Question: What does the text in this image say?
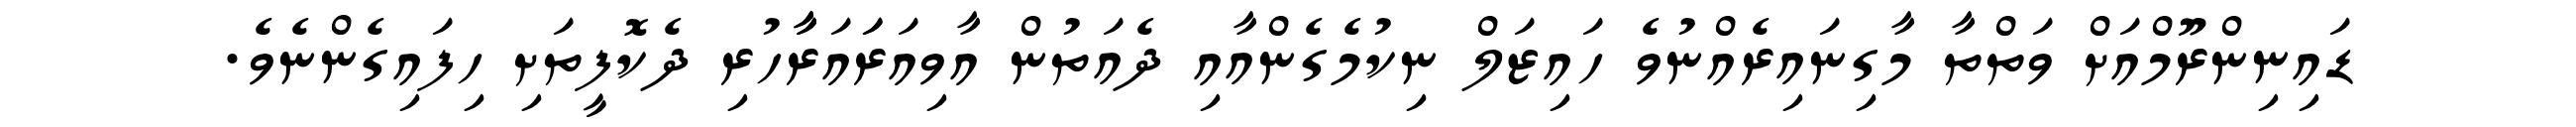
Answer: ޑައިނިންރޫމްއަށް ވަތްތާ މާގިނައިރެއްނުވެ ހައިޒަލް ނިކުމެގެންއާއި ދެއަތުން އާވިއަރަައަރާާހުރި ދެކޮފީތަށި ހިފައިގެންނެވެ.